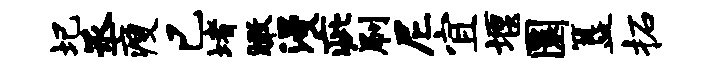
圯丞瘦已堵瞰漫疵刷尼宜堰圜簋柘